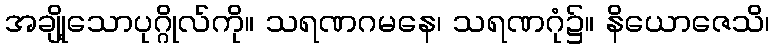
အချို့သောပုဂ္ဂိုလ်ကို။ သရဏဂမနေ၊ သရဏဂုံ၌။ နိယောဇေသိ၊